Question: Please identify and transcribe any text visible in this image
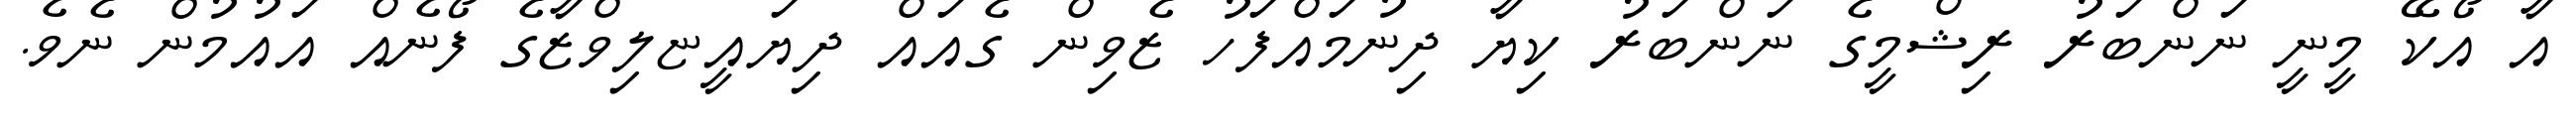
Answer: އާ އޯކޭ މީނީ ނަންބަރު ރިޝްމީގެ ނަންބަރު ކިޔާ ދިނުމައްފަހު ޒެވިން ގެއައް ދިޔައީޏލިވްޒާގެ ފޯނެއް އައުމުން ނެވެ.